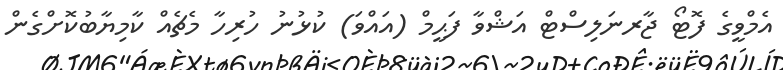
އެމްވީގެ ފޮޓޯ ޖާރނަލިސްޓް އަޝްވާ ފަޙީމް (އައްވަ) ކުޅުނު ހުރިހާ މެޗެއް ކާމިޔާބުކޮށްގެން